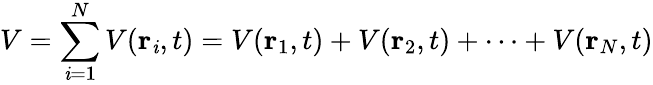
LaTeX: V=\sum_{\mathit{i}=1}^{N}V(\mathbf{{r}}_{\mathit{i}},t)=V(\mathbf{{r}}_{1},t)+V(\mathbf{{r}}_{2},t)+\cdots+V(\mathbf{{r}}_{N},t)